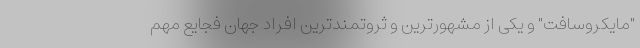
"مایکروسافت" و یکی از مشهورترین و ثروتمندترین افراد جهان فجایع مهم